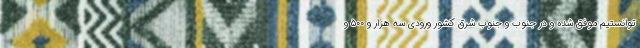
توانستیم موفق شده و در جنوب و جنوب شرق کشور ورودی سه هزار و ۵۰۰ و